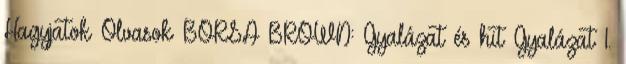
Hagyjatok Olvasok BORSA BROWN: Gyalázat ​és hit Gyalázat 1.